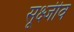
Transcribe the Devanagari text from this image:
सूक्ष्जीव